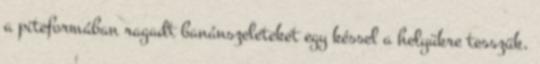
a piteformában ragadt banánszeleteket egy késsel a helyükre tesszük.